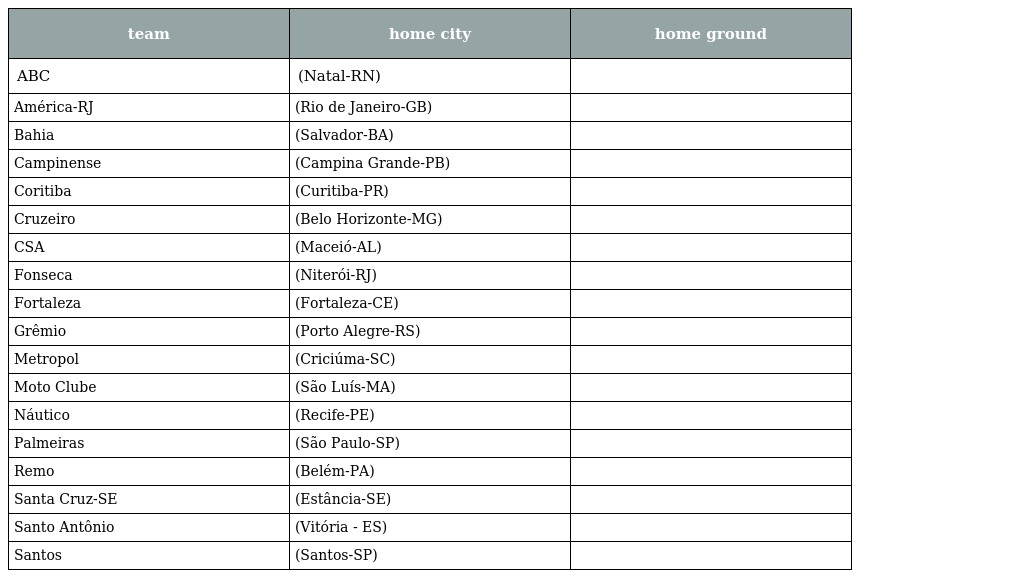
| team | home city | home ground |
 | --- | --- | --- |
 | ABC | (Natal-RN) |  |
 | América-RJ | (Rio de Janeiro-GB) |  |
 | Bahia | (Salvador-BA) |  |
 | Campinense | (Campina Grande-PB) |  |
 | Coritiba | (Curitiba-PR) |  |
 | Cruzeiro | (Belo Horizonte-MG) |  |
 | CSA | (Maceió-AL) |  |
 | Fonseca | (Niterói-RJ) |  |
 | Fortaleza | (Fortaleza-CE) |  |
 | Grêmio | (Porto Alegre-RS) |  |
 | Metropol | (Criciúma-SC) |  |
 | Moto Clube | (São Luís-MA) |  |
 | Náutico | (Recife-PE) |  |
 | Palmeiras | (São Paulo-SP) |  |
 | Remo | (Belém-PA) |  |
 | Santa Cruz-SE | (Estância-SE) |  |
 | Santo Antônio | (Vitória - ES) |  |
 | Santos | (Santos-SP) |  |